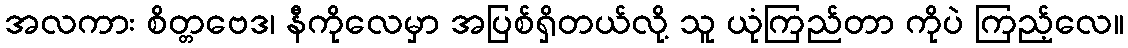
အလကား စိတ္တဗေဒ၊ နီကိုလေမှာ အပြစ်ရှိတယ်လို့ သူ ယုံကြည်တာ ကိုပဲ ကြည့်လေ။